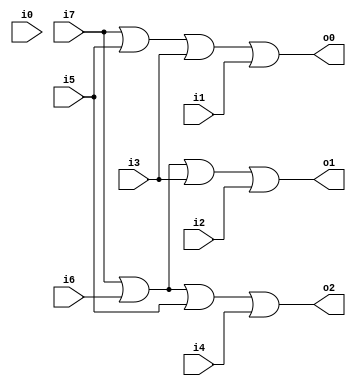
// Quinn Roemer
// decoder1to2.v, 1-to-2 decoder, gate synthesis
// compile: ~changw/ivl/bin/iverilog decoder1to2.v
// run: ./a.out

module encoderMod(i0, i1, i2, i3, i4, i5, i6, i7, o0, o1, o2);
    input i0, i1, i2, i3, i4, i5, i6, i7;
    output o0, o1, o2;

    or(o0, i7, i5, i3, i1);
    or(o1, i7, i6, i3, i2);
    or(o2, i7, i6, i5, i4);
endmodule

module testMod;
    reg i0, i1, i2, i3, i4, i5, i6, i7;
    wire o0, o1, o2;

    encoderMod the_encoder(i0, i1, i2, i3, i4, i5, i6, i7, o0, o1, o2);

    initial begin
      $display("Time  i0  i1  i2  i3  i4  i5  i6  i7   o2  o1  o0");
      $display("----  ------------------------------   ----------");
      $monitor("   %0d   %b   %b   %b   %b   %b   %b   %b   %b   %b   %b   %b",$time, i0, i1, i2, i3, i4, i5, i6, i7, o2, o1, o0);
    end

    initial begin
      i0 = 1; i1 = 0; i2 = 0; i3 = 0; i4 = 0; i5 = 0; i6 = 0; i7 = 0;
      #1;
      i0 = 0; i1 = 1; i2 = 0; i3 = 0; i4 = 0; i5 = 0; i6 = 0; i7 = 0;
      #1;
      i0 = 0; i1 = 0; i2 = 1; i3 = 0; i4 = 0; i5 = 0; i6 = 0; i7 = 0;
      #1;
      i0 = 0; i1 = 0; i2 = 0; i3 = 1; i4 = 0; i5 = 0; i6 = 0; i7 = 0;
      #1;
      i0 = 0; i1 = 0; i2 = 0; i3 = 0; i4 = 1; i5 = 0; i6 = 0; i7 = 0;
      #1;
      i0 = 0; i1 = 0; i2 = 0; i3 = 0; i4 = 0; i5 = 1; i6 = 0; i7 = 0;
      #1;
      i0 = 0; i1 = 0; i2 = 0; i3 = 0; i4 = 0; i5 = 0; i6 = 1; i7 = 0;
      #1;
      i0 = 0; i1 = 0; i2 = 0; i3 = 0; i4 = 0; i5 = 0; i6 = 0; i7 = 1;      
    end
endmodule